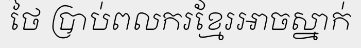
ថៃ ប្រាប់ពលករខ្មែរអាចស្នាក់